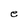
Character: e